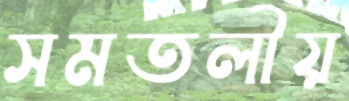
সমতলীয়